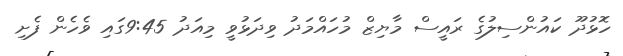
ހޮޅުދޫ ކައުންސިލުގެ ރައީސް މާޔިޒް މުހައްމަދު ވިދަޅުވީ މިއަދު 9:45ގައި ވެހެން ފެށި